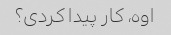
اوه، کار پیدا کردی؟